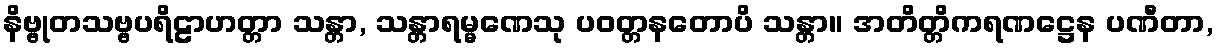
နိဗ္ဗုတသဗ္ဗပရိဠာဟတ္တာ သန္တာ, သန္တာရမ္မဏေသု ပဝတ္တနတောပိ သန္တာ။ အတိတ္တိကရဏဋ္ဌေန ပဏီတာ,